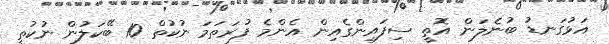
އަޅުގަނޑު ބުނެލަން އޮތީ ސިފައިންގެއިން އެންމެ ފުރަތަމަ ނުކުތް 10 ބޭކަލުން ނުކުތީ